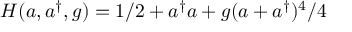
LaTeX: H ( a , a ^ { \dag } , g ) = 1 / 2 + a ^ { \dag } a + g ( a + a ^ { \dag } ) ^ { 4 } / 4